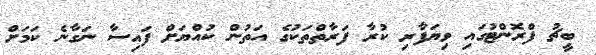
ބީޗު ފްރޮންޓުގައި ވިޔަފާރި ކުރާ ފަރާތްތަކުގެ އަތުން ކުއްޔަށް ފައިސާ ނަގާނެ ކަމަށް